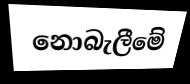
නොබැලීමේ